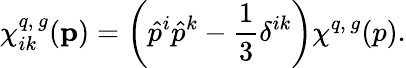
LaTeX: \chi_{ik}^{q,\, g}({\mathbf p})=\left(\hat{p}^{i}\hat{p}^{k}-\frac{1}{3}\delta^{ik}\right)\chi^{q,\, g}(p).